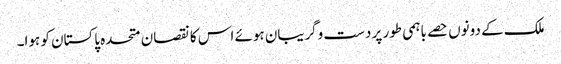
ملک کے دونوں حصے باہمی طور پر دست وگریبان ہوئے اس کا نقصان متحدہ پاکستان کو ہوا۔